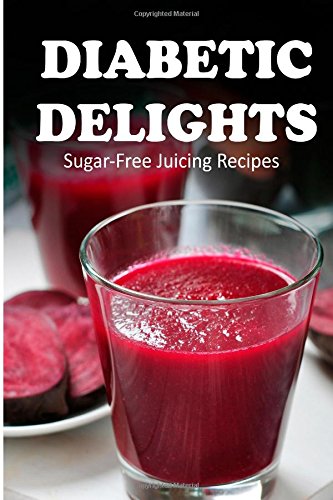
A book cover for Sugar-Free Juicing Recipes (Diabetic Delights ); Ariel Sparks; Cookbooks, Food & Wine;